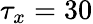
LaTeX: \tau_{x}=30